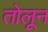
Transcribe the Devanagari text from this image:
तोलून